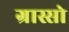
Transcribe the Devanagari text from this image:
ग्रास्सो